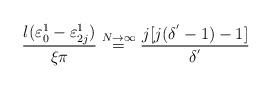
LaTeX: \begin{align*}\frac{l(\varepsilon_{0}^{1}-\varepsilon_{2j}^{1})}{\xi\pi}\stackrel{N\rightarrow\infty}{=}\frac{j[j(\delta^{'}-1)-1]}{\delta^{'}} \end{align*}